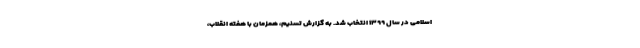
اسلامی در سال ۱۳۹۹ انتخاب شد. به گزارش تسنیم، همزمان با هفته انقلاب،